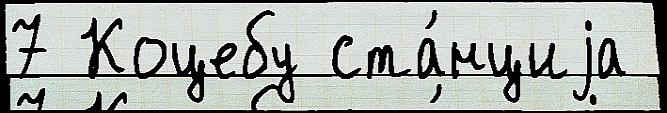
7 Коцебу ста́нциjа